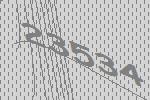
23534